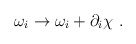
\begin{align*}\omega_i \rightarrow \omega_i + \partial_i \chi \ .\end{align*}